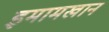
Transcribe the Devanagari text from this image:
इमामखान